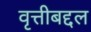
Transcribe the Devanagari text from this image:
वृत्तीबद्दल